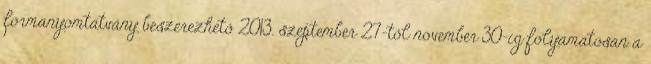
formanyomtatvány beszerezhető 2013. szeptember 27-től november 30-ig folyamatosan a